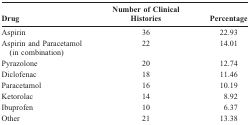
<table><thead><tr><td><b>Drug</b></td><td><b>Number of Clinical Histories</b></td><td><b>Percentage</b></td></tr></thead><tbody><tr><td>Aspirin</td><td>36</td><td>22.93</td></tr><tr><td>Aspirin and Paracetamol (in combination)</td><td>22</td><td>14.01</td></tr><tr><td>Pyrazolone</td><td>20</td><td>12.74</td></tr><tr><td>Diclofenac</td><td>18</td><td>11.46</td></tr><tr><td>Paracetamol</td><td>16</td><td>10.19</td></tr><tr><td>Ketorolac</td><td>14</td><td>8.92</td></tr><tr><td>Ibuprofen</td><td>10</td><td>6.37</td></tr><tr><td>Other</td><td>21</td><td>13.38</td></tr></tbody></table>